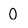
Character: 0